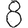
Digit: 8